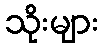
သိုးများ